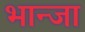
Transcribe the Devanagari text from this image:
भान्जा